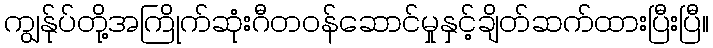
ကျွန်ုပ်တို့အကြိုက်ဆုံးဂီတဝန်ဆောင်မှုနှင့်ချိတ်ဆက်ထားပြီးပြီ။